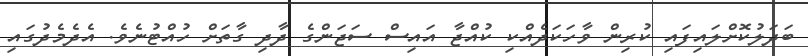
ބަދަލުކޮށްލައިފައި ކުރިން ވާހަކަދެއްކި ކުއްޖާ އައިސް ސަޖަންގެ ދާދި ގާތަށް ހުއްޓުނެވެ. އެދެމެދުގައި